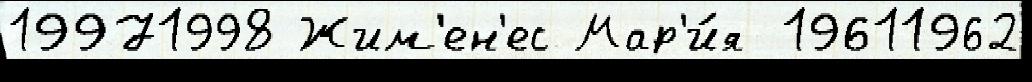
19971998 Жим'ен'ес Мар'и́я 19611962